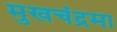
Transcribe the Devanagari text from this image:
मुखचंद्रमा